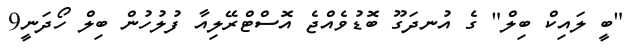
"ބީ ލައިކް ބިލް" ގެ އުނދަގޫ ބޮޑުވެއްޖެ އޮސްޓްރޭލިއާ ފުލުހުން ބިލް ހޯދަނީ9